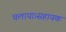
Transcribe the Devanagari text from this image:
चलाया।सहायक